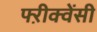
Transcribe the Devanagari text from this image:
फ्ऱीक्वेंसी